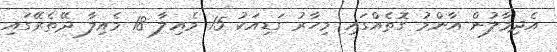
އެދިމާލުން އާންމު ގޮތެއްގައި މިހާރު ގަޑިއަކު 15 މެއިލާ 18 މެއިލާ ދޭތެރޭގައި